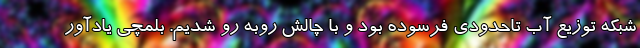
شبکه توزیع آب تاحدودی فرسوده بود و با چالش‌ روبه رو شدیم. بلمچی یادآور